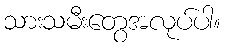
သားသမီးတွေအလုပ်ပါ။